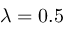
\lambda = 0 . 5